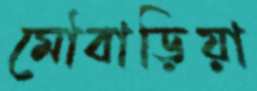
মৌবাড়িয়া